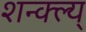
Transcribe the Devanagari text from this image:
शन्क्ल्य्